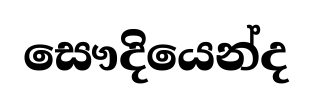
සෞදියෙන්ද